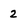
Character: 2